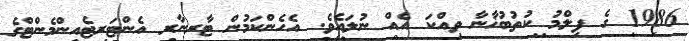
1986 ގެ ފިލްމު ކުތުބުޚާނާ ވިއްކަ އެއް ނުލައެވެ. އެހެންކަމުން ޓާރނާރ އެންޓަރޓެއިންމެންޓްގެ